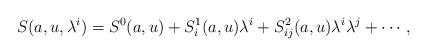
LaTeX: \begin{align*}S(a,u,\lambda^i)=S^0(a,u)+S^1_i(a,u)\lambda^i+S^2_{ij}(a,u)\lambda^i\lambda^j+\cdots \, ,\end{align*}